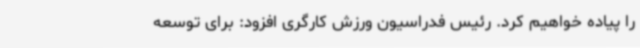
را پیاده خواهیم کرد. رئیس فدراسیون ورزش کارگری افزود: برای توسعه